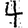
Digit: 4